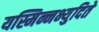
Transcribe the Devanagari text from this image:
यस्मिन्नभ्युदिते